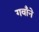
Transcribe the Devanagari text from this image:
गवाँने